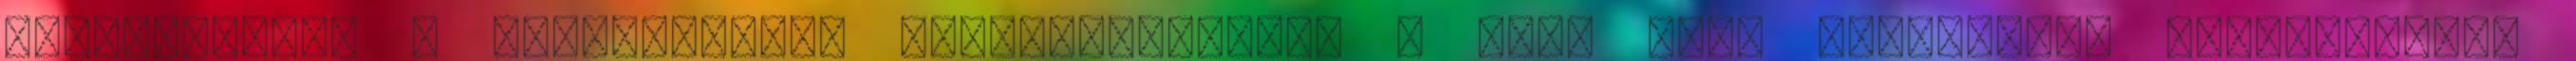
weboldalról. A jelentkezési dokumentációkat a VÁTI Kht. regionális képviseletei